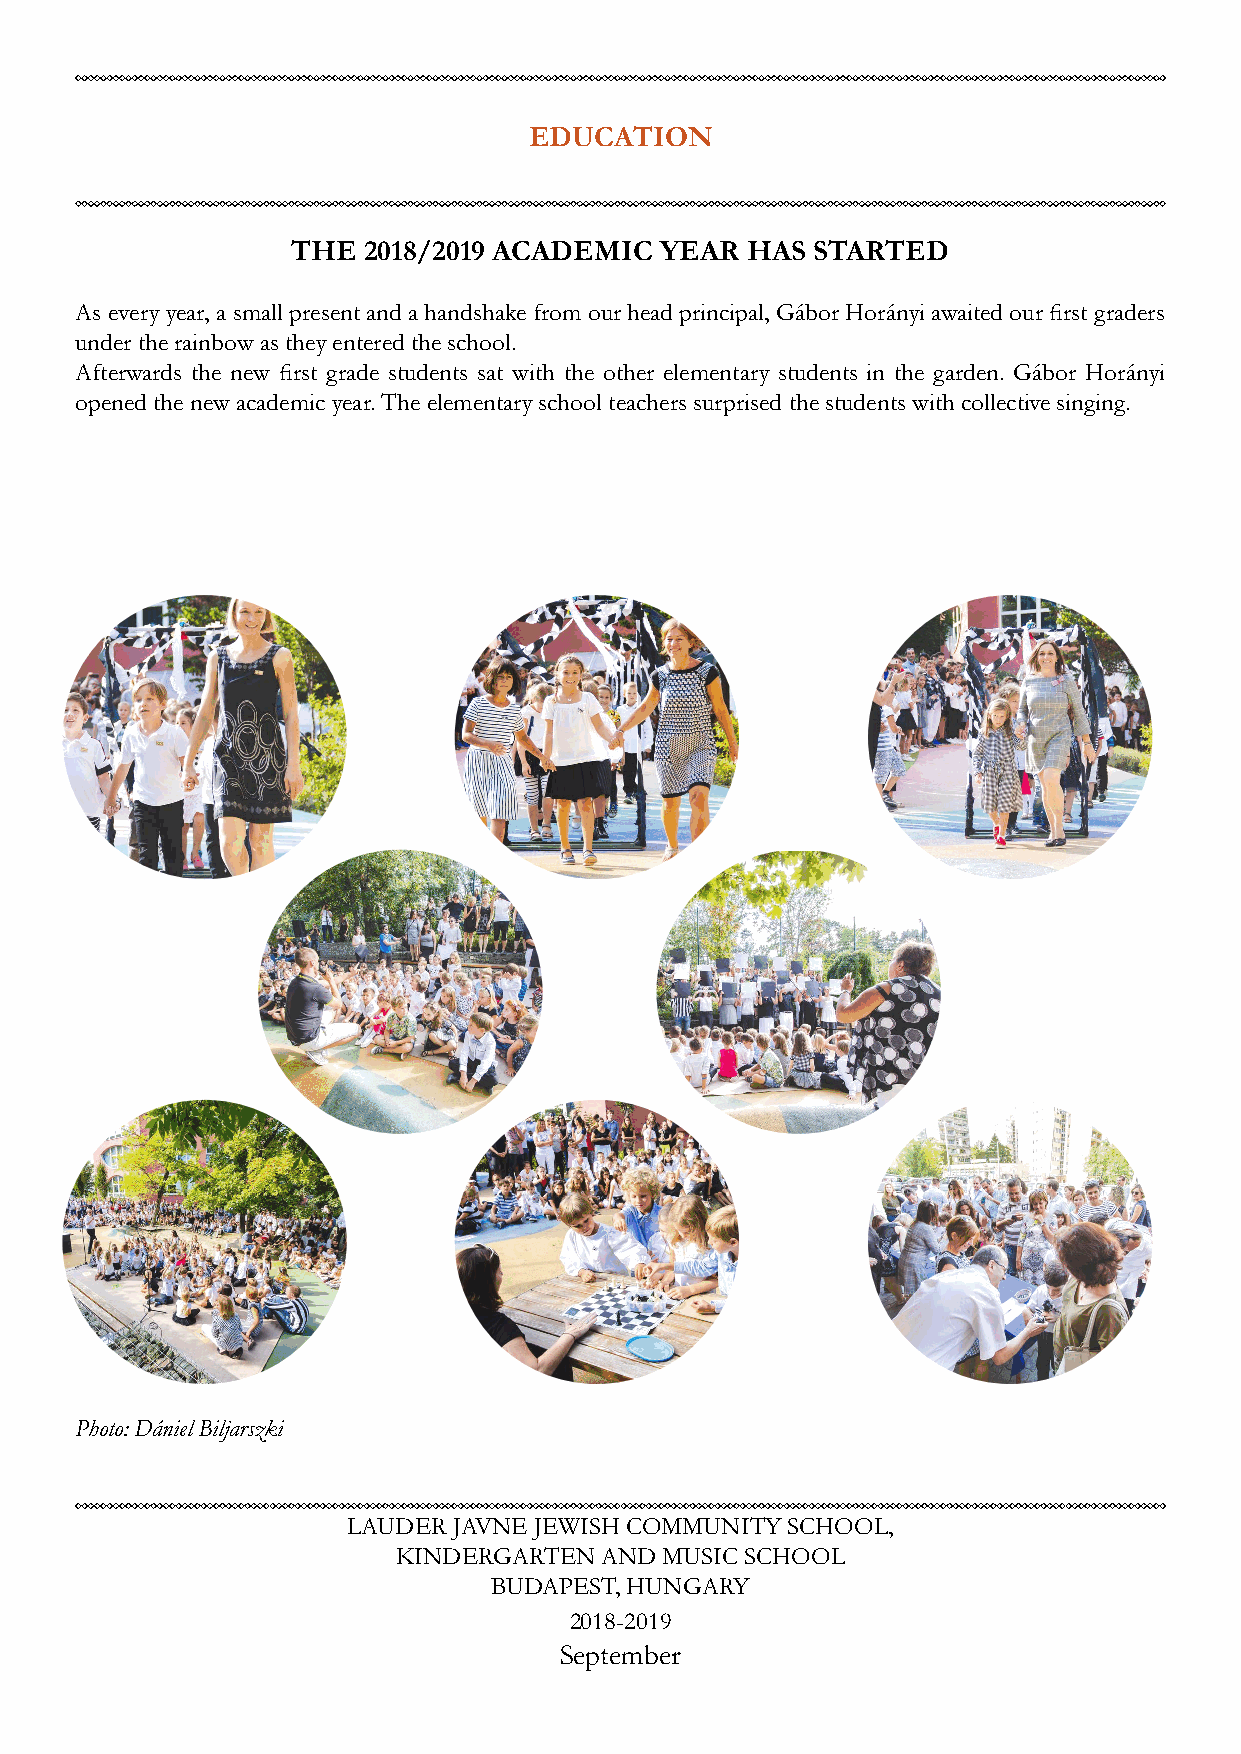
EDUCATION
 THE  2018/2019 ACADEMIC  YEAR HAS  STARTED
 As every year, a small present and a handshake from our head principal, Gábor Horányi awaited our first graders
 under the rainbow as they entered the school.
 Afterwards the new first grade students sat with the other elementary students in the garden. Gábor Horányi
 opened the new academic year. The elementary school teachers surprised the students with collective singing.
 Photo: Dániel Biljarszki
 LAUDER JAVNE JEWISH COMMUNITY SCHOOL,
 KINDERGARTEN  AND MUSIC SCHOOL
 BUDAPEST, HUNGARY
 2018-2019
 September